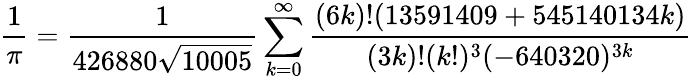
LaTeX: {\frac{1}{\pi}}={\frac{1}{426880{\sqrt{10005}}}}\sum_{k=0}^{\infty}{\frac{(6k)!(13591409+545140134k)}{(3k)!(k!)^{3}(-640320)^{3k}}}